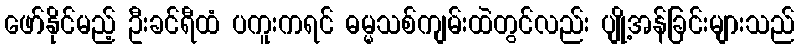
ဖော်နိုင်မည့် ဦးခင်ရီထံ ပကူးကရင် ဓမ္မသစ်ကျမ်းထဲတွင်လည်း ပျို့အန်ခြင်းများသည်